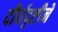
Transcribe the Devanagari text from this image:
दीर्घदृष्टीने